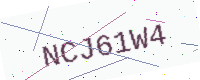
Text: NCJ61W4